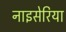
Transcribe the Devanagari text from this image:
नाइसेरिया